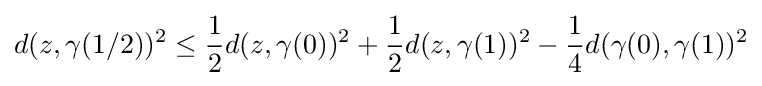
d(z,\gamma (1/2))^{2}\leq {\frac {1}{2}}d(z,\gamma (0))^{2}+{\frac {1}{2}}d(z,\gamma (1))^{2}-{\frac {1}{4}}d(\gamma (0),\gamma (1))^{2}